Indian journal of veterinary science and animal husbandry - Volumes 24-25, 1954-1955
Year: 1954
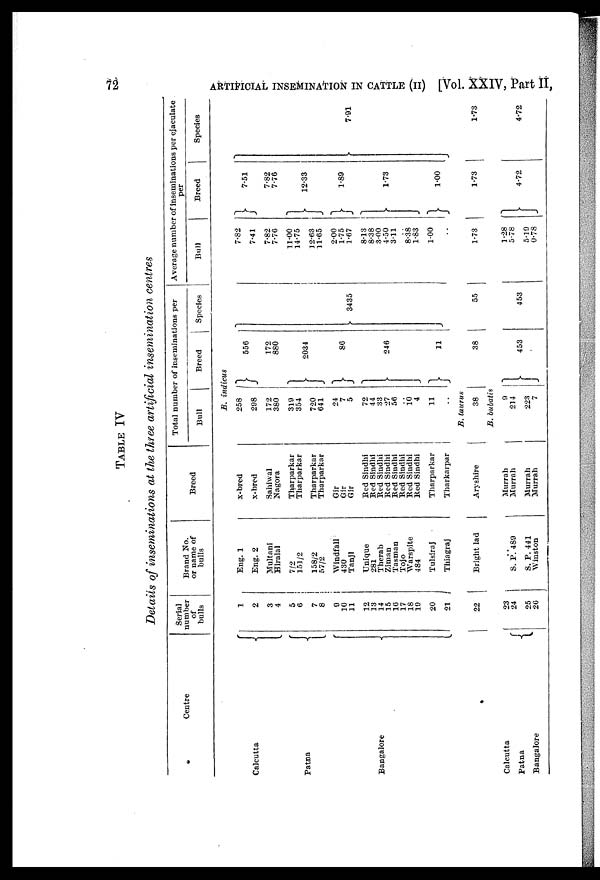
72
ARTIFICIAL INSEMINATION IN CATTLE (II) [Vol. XXIV, Part II,
TABLE IV
Details of inseminations at the three artificial insemination centres
Centre
Serial
number
of
bulls
Brand No.
or name of
bulls
Breed
Total number of inseminations per
Bull
Breed
Species
Average number of inseminations per ejaculate per
Bull
Breed
Species
B.
indicus
Calcutta
Patna
Bangalore
1
2
3
4
5 6
7
8
9 10
11
12
13
14
15
16
17
18
19
20
21
Eng. 1
Eng. 2
Multani
Hiralal
7/2
151/2
158/2
57/2
Windfall
430
Tanjl
Unique
281
Therab
Zinian
Tasman
Tojo
Warspite
484
Tulsiraj
Thiagraj
x-bred
x-bred
Sahiwal
Nagora
Tharparkar
Tharparkar
Tharparkar
Tharparkar
Gir
Gir
Gir
Red Sindhi
Red Sindhi
Red Sindhi
Red Sindhi
Bed Sindhi
Bed Sindhi
Bed Sindhi
Bed Sindhi
Tharparkar
Tharkarpar
258
298
172
380
319
354
720
641
24
7
5
72
44
33
27
56
10 4
11
..
556
172
880
2034
86
246
11
3435
7.82
7.41
7.82
7.76
11.00
14.75
12.63
11.65
2.00
1.75
1.67
8.13
8.38
3.00
4.50
3.11
..
8.38
1.83
1.00
..
7.51
7.82
7.76
12.33
1.89
1.73
1.00
7.91
B. taurus
22
Bright lad
Aryshire
38
38
55
1.73
1.73
1.73
B. bubatis
Calcutta
Patna
Bangalore
23
24
25
26
S. P.489
S. P. 441
Winston
Murrah
Murrah
Murrah
Murrah
9
214
223
7
453
453
1.28
5.78
5.19
0.78
4.72
4.72